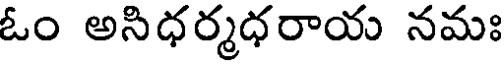
ఓం అసిధర్మధరాయ నమః